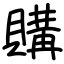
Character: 購